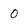
Character: 0